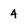
Character: 4